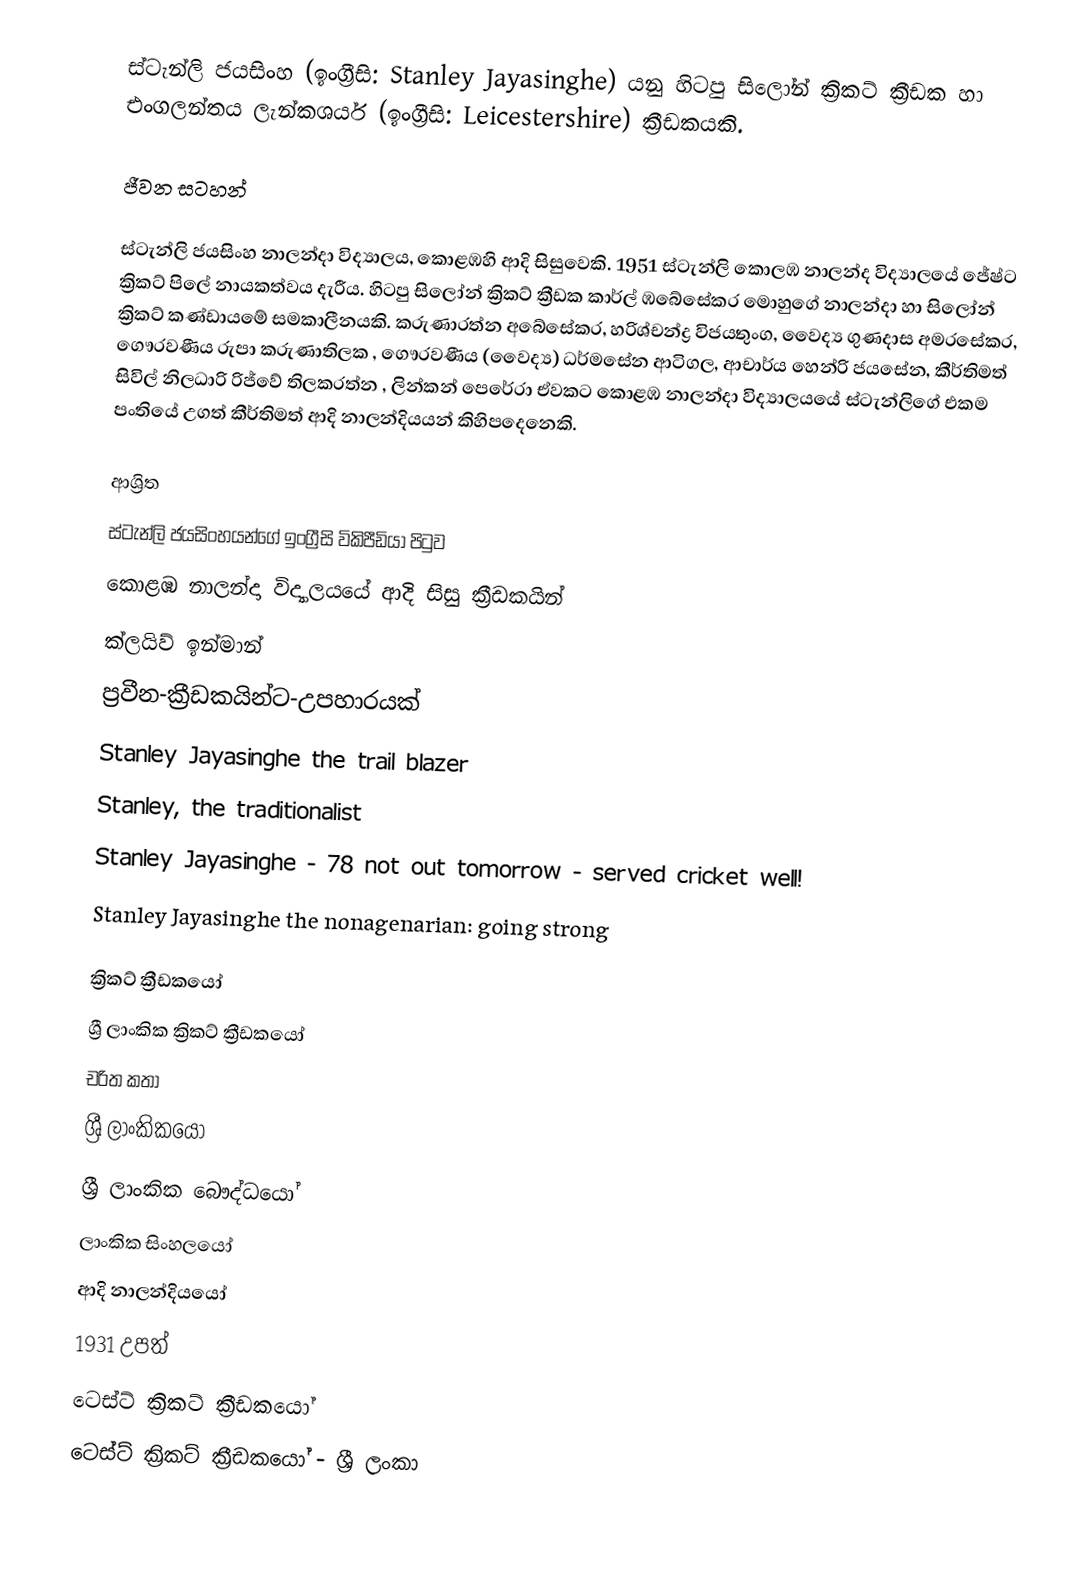
ස්ටැන්ලි ජයසිංහ (ඉංග්‍රීසි: Stanley Jayasinghe) යනු හිටපු සිලෝන් ක්‍රිකට් ක්‍රීඩක හා එංගලන්තය ලැන්කශයර් (ඉංග්‍රීසි: Leicestershire) ක්‍රීඩකයකි.

ජීවන සටහන්

ස්ටැන්ලි ජයසිංහ  නාලන්දා විද්‍යාලය, කොළඹහි ආදි සිසුවෙකි. 1951 ස්ටැන්ලි කොලඹ නාලන්ද  විද්‍යාලයේ  ජේෂ්ට ක්‍රිකට් පිලේ නායකත්වය දැරීය. හිටපු සිලෝන් ක්‍රිකට් ක්‍රීඩක කාර්ල් ඹබේසේකර මොහුගේ නාලන්දා හා සිලෝන් ක්‍රිකට් කණ්ඩායමේ සමකාලීනයකි.  කරුණාරත්න අබේසේකර, හරිශ්චන්ද්‍ර විජයතුංග, වෛද්‍ය  ගුණදාස අමරසේකර, ගෞරවණීය රුපා කරුණාතිලක , ගෞරවණීය (වෛද්‍ය) ධර්මසේන ආටිගල, ආචාර්ය හෙන්රි ජයසේන, කීර්තිමත් සිවිල් නිලධාරි රිජ්වේ තිලකරත්න , ලින්කන් පෙරේරා ඒවකට කොළඹ නාලන්දා විද්‍යාලයයේ ස්ටැන්ලිගේ එකම පංතියේ උගත් කීර්තිමත් ආදි නාලන්දියයන් කිහිපදෙනෙකි.

ආශ්‍රිත
 ස්ටැන්ලි ජයසිංහයන්ගේ ඉංග්‍රීසි විකිපීඩියා පිටුව
 කොළඹ නාලන්දා විද්‍යාලයයේ ආදි සිසු ක්‍රීඩකයින්
 ක්ලයිව් ඉන්මාන්
 ප්‍රවීන-ක්‍රීඩකයින්ට-උපහාරයක්
 Stanley Jayasinghe the trail blazer
 Stanley, the traditionalist
 Stanley Jayasinghe - 78 not out tomorrow - served cricket well!
 Stanley Jayasinghe the nonagenarian: going strong

ක්‍රිකට් ක්‍රීඩකයෝ
ශ්‍රී ලාංකික ක්‍රිකට් ක්‍රීඩකයෝ
චරිත කතා
ශ්‍රී ලාංකිකයෝ
ශ්‍රී ලාංකික බෞද්ධයෝ
ලාංකික සිංහලයෝ
ආදි නාලන්දියයෝ
1931 උපත්
ටෙස්ට් ක්‍රිකට් ක්‍රීඩකයෝ
ටෙස්ට් ක්‍රිකට් ක්‍රීඩකයෝ - ශ්‍රී ලංකා